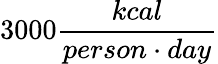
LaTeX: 3000\frac{kcal}{person\cdot day}